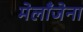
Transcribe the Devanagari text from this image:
मेलाँजेना